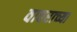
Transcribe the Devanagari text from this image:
वावराच्या